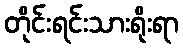
တိုင်းရင်းသားရိုးရာ